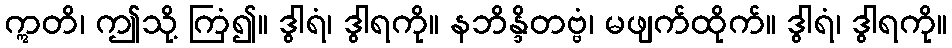
ဣတိ၊ ဤသို့ ကြံ၍။ ဒွါရံ၊ ဒွါရကို။ နဘိန္ဒိတဗ္ဗံ၊ မဖျက်ထိုက်။ ဒွါရံ၊ ဒွါရကို။